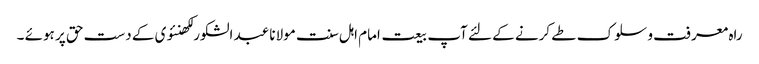
راہ معرفت و سلوک طے کرنے کے لئے آپ بیعت امام اہل سنت مولانا عبد الشکور لکھنئوی کے دست حق پر ہوئے ۔